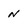
Character: n